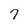
Character: 7